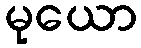
မုယော